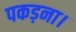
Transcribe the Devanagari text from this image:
पकड़ना।